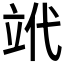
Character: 𥩦